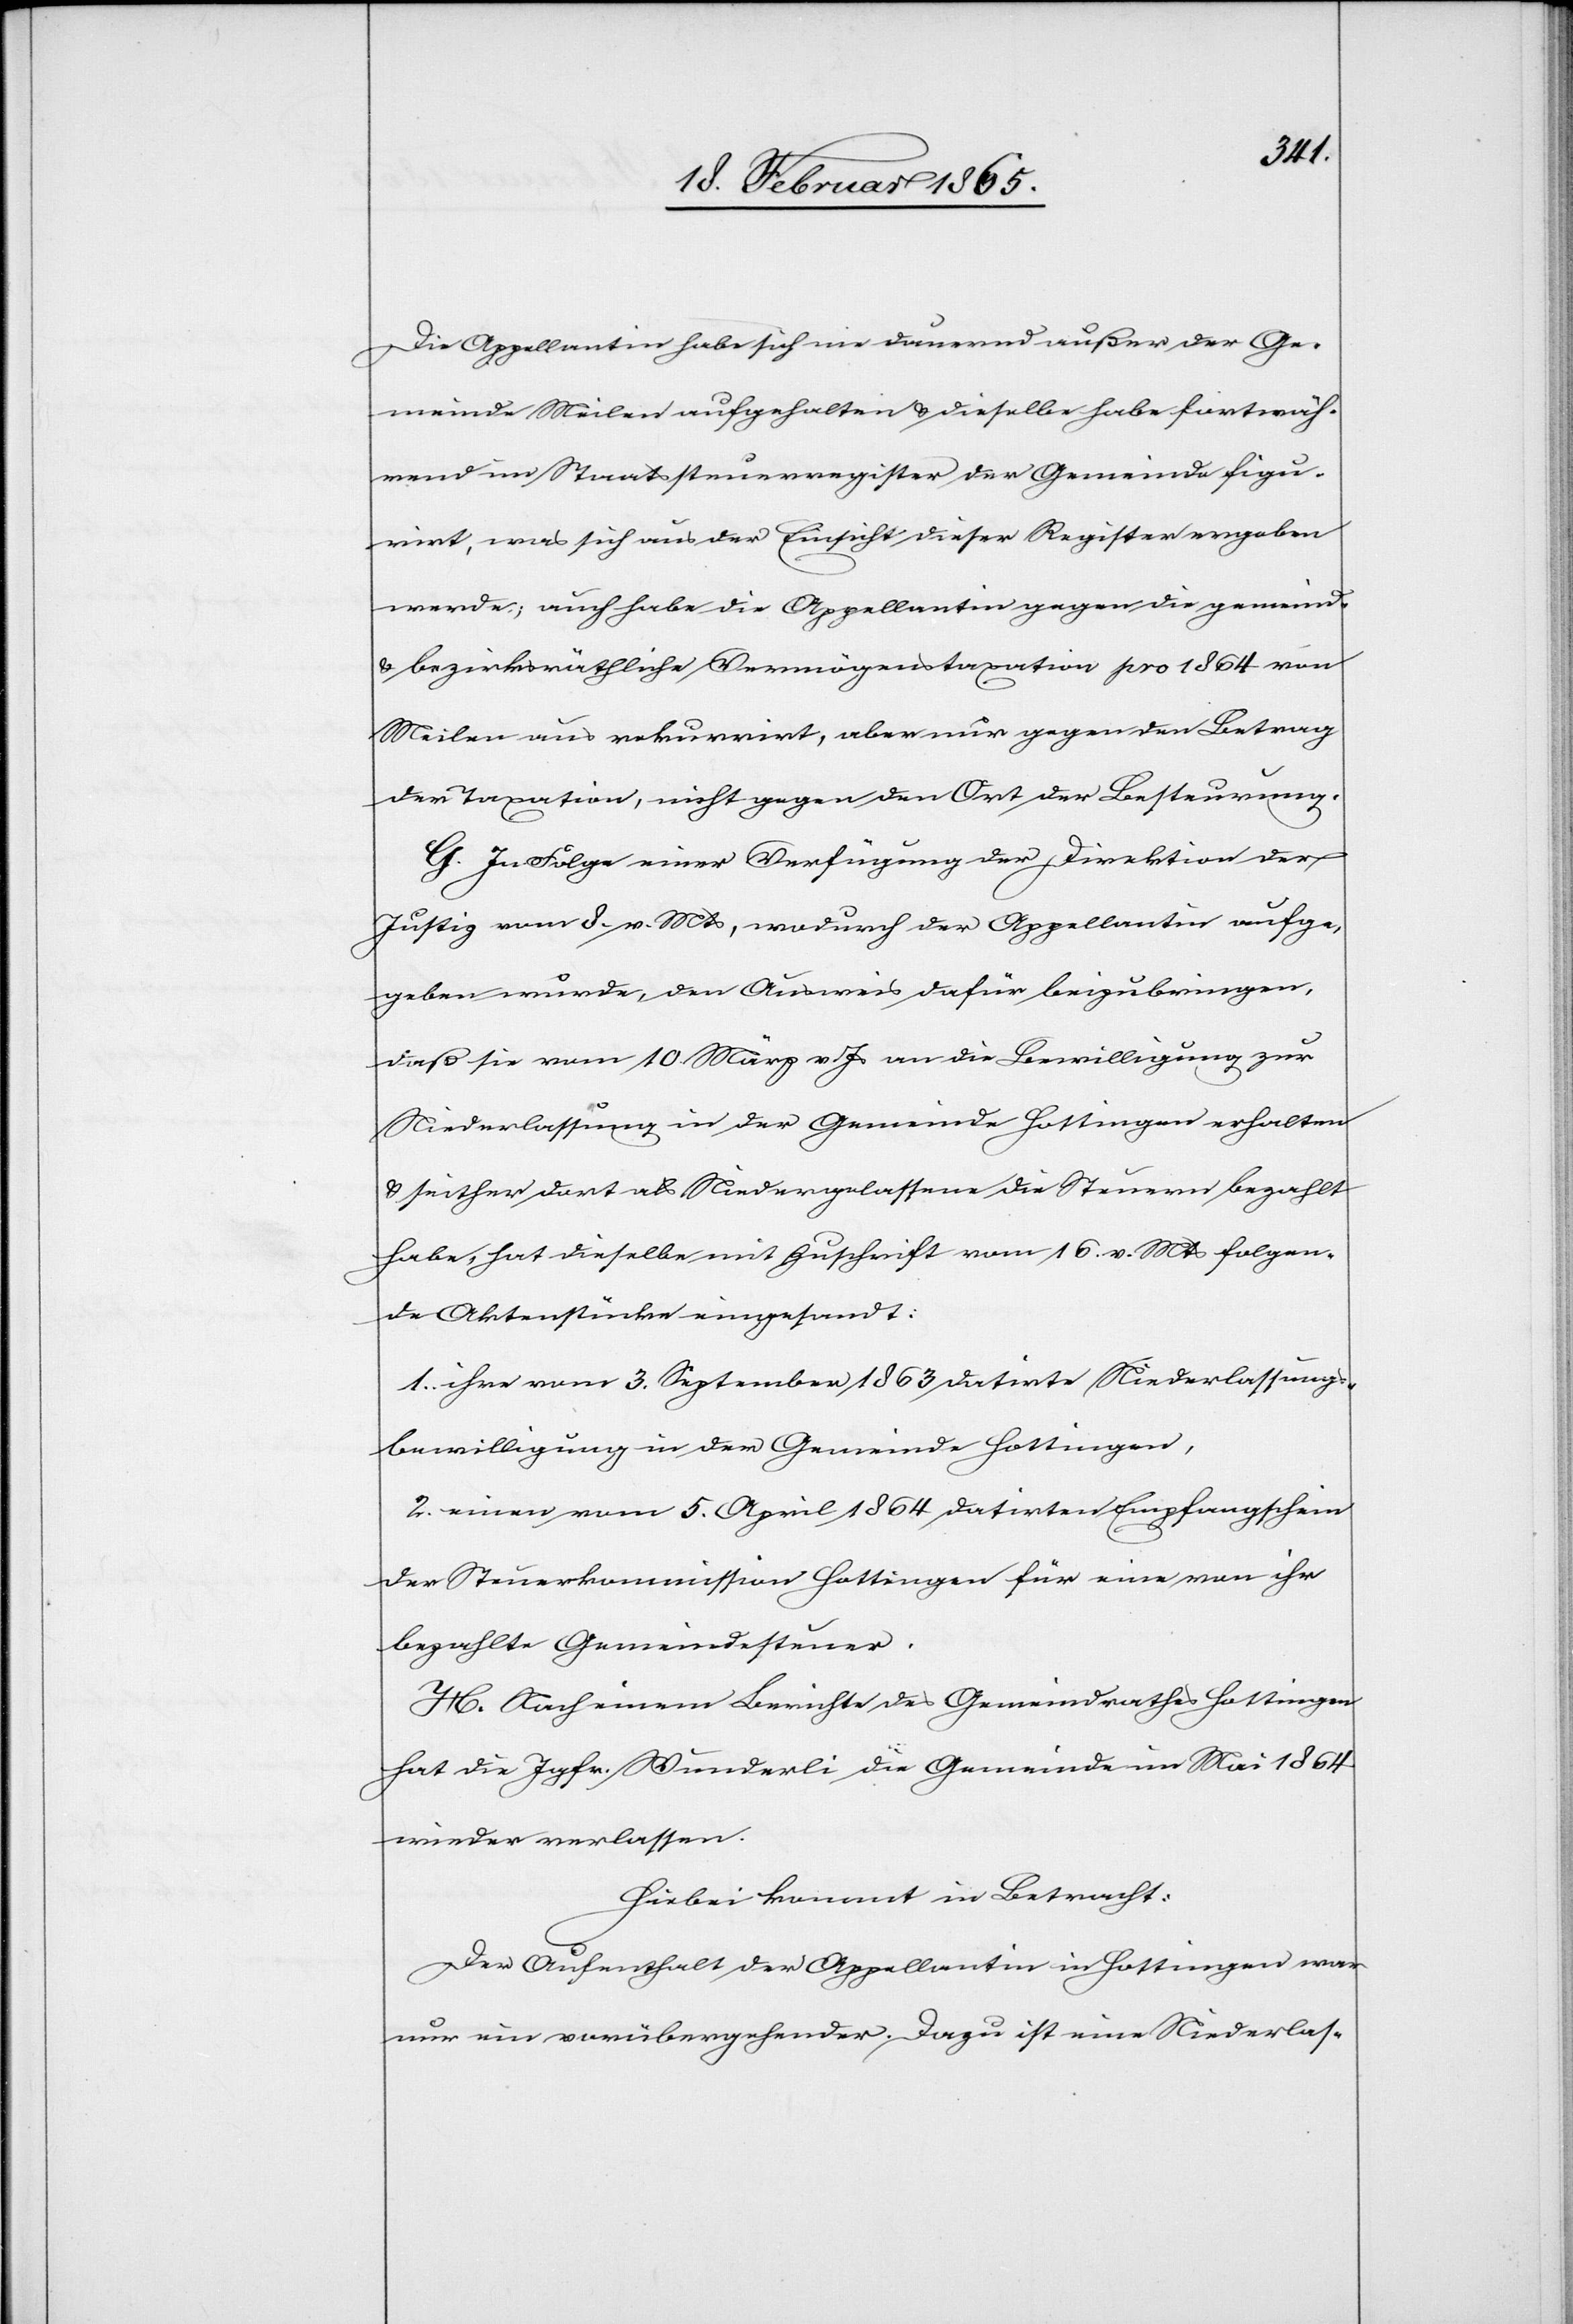
aufge¬
[recte: Appellatin] habe sich nie dauernd außer der Ge¬
meinde Meilen aufgehalten u. dieselbe habe fortwäh¬
rend im Staatssteuerregister der Gemeinde figu¬
rirt, was sich aus der Einsicht dieser Register ergeben
werde; auch habe die Appellantin gegen die gemeind-
u. bezirksräthliche Vermögenstaxation pro 1864 von
Meilen aus rekurrirt, aber nur gegen den Betrag
der Taxation, nicht gegen den Ort der Besteurung.
G. In Folge einer Verfügung der Direktion der
Justiz vom 8. v. Mts, wodurch der Appellantin [re¬
geben wurde, den Ausweis dafür beizubringen,
daß sie vom 10. März v. Js an die Bewilligung zur
Niederlassung in der Gemeinde Hottingen erhalten
u. seither dort als Niedergelassene die Steuern bezahlt
habe, hat dieselbe mit Zuschrift vom 16. v. Mts folgen¬
de Aktenstücke eingesandt:
1. ihre vom 3. September 1863 datirte Niederlassungs¬
bewilligung in der Gemeinde Hottingen,
2. einen vom 5. April 1864 datirten Empfangschein
der Steuerkommission Hottingen für eine von ihr
bezahlte Gemeindesteuer.
H. Nach einem Berichte des Gemeindrathes Hottingen
hat die Jgfr. Wunderli die Gemeinde im Mai 1864
wieder verlassen.
Hiebei kommt in Betracht:
Der Aufenthalt der Appellantin [recte: Appellatin] in Hottingen war
nur ein vorübergehender. Dazu ist eine Niederlas-